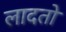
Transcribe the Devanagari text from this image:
लादतो